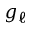
g _ { \ell }